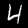
Digit: 4